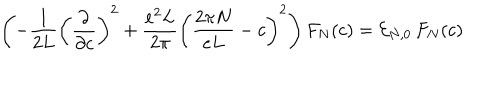
LaTeX: \left( - \frac { 1 } { 2 L } \left( \frac { \partial } { \partial c } \right) ^ { 2 } + \frac { e ^ { 2 } L } { 2 \pi } \left( \frac { 2 \pi N } { e L } - c \right) ^ { 2 } \right) F _ { N } ( c ) = { \cal E } _ { N , 0 } \, F _ { N } ( c )